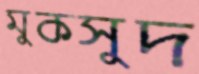
মুকসুদ